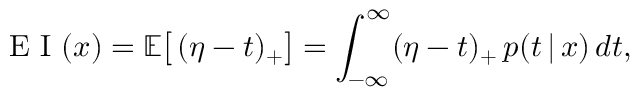
\mathrm { ~ E ~ I ~ } ( \boldsymbol { x } ) = \mathbb { E } \big [ \, ( \eta - t ) _ { + } \big ] = \int _ { - \infty } ^ { \infty } ( \eta - t ) _ { + } \, p ( t \, | \, \boldsymbol { x } ) \, d t ,